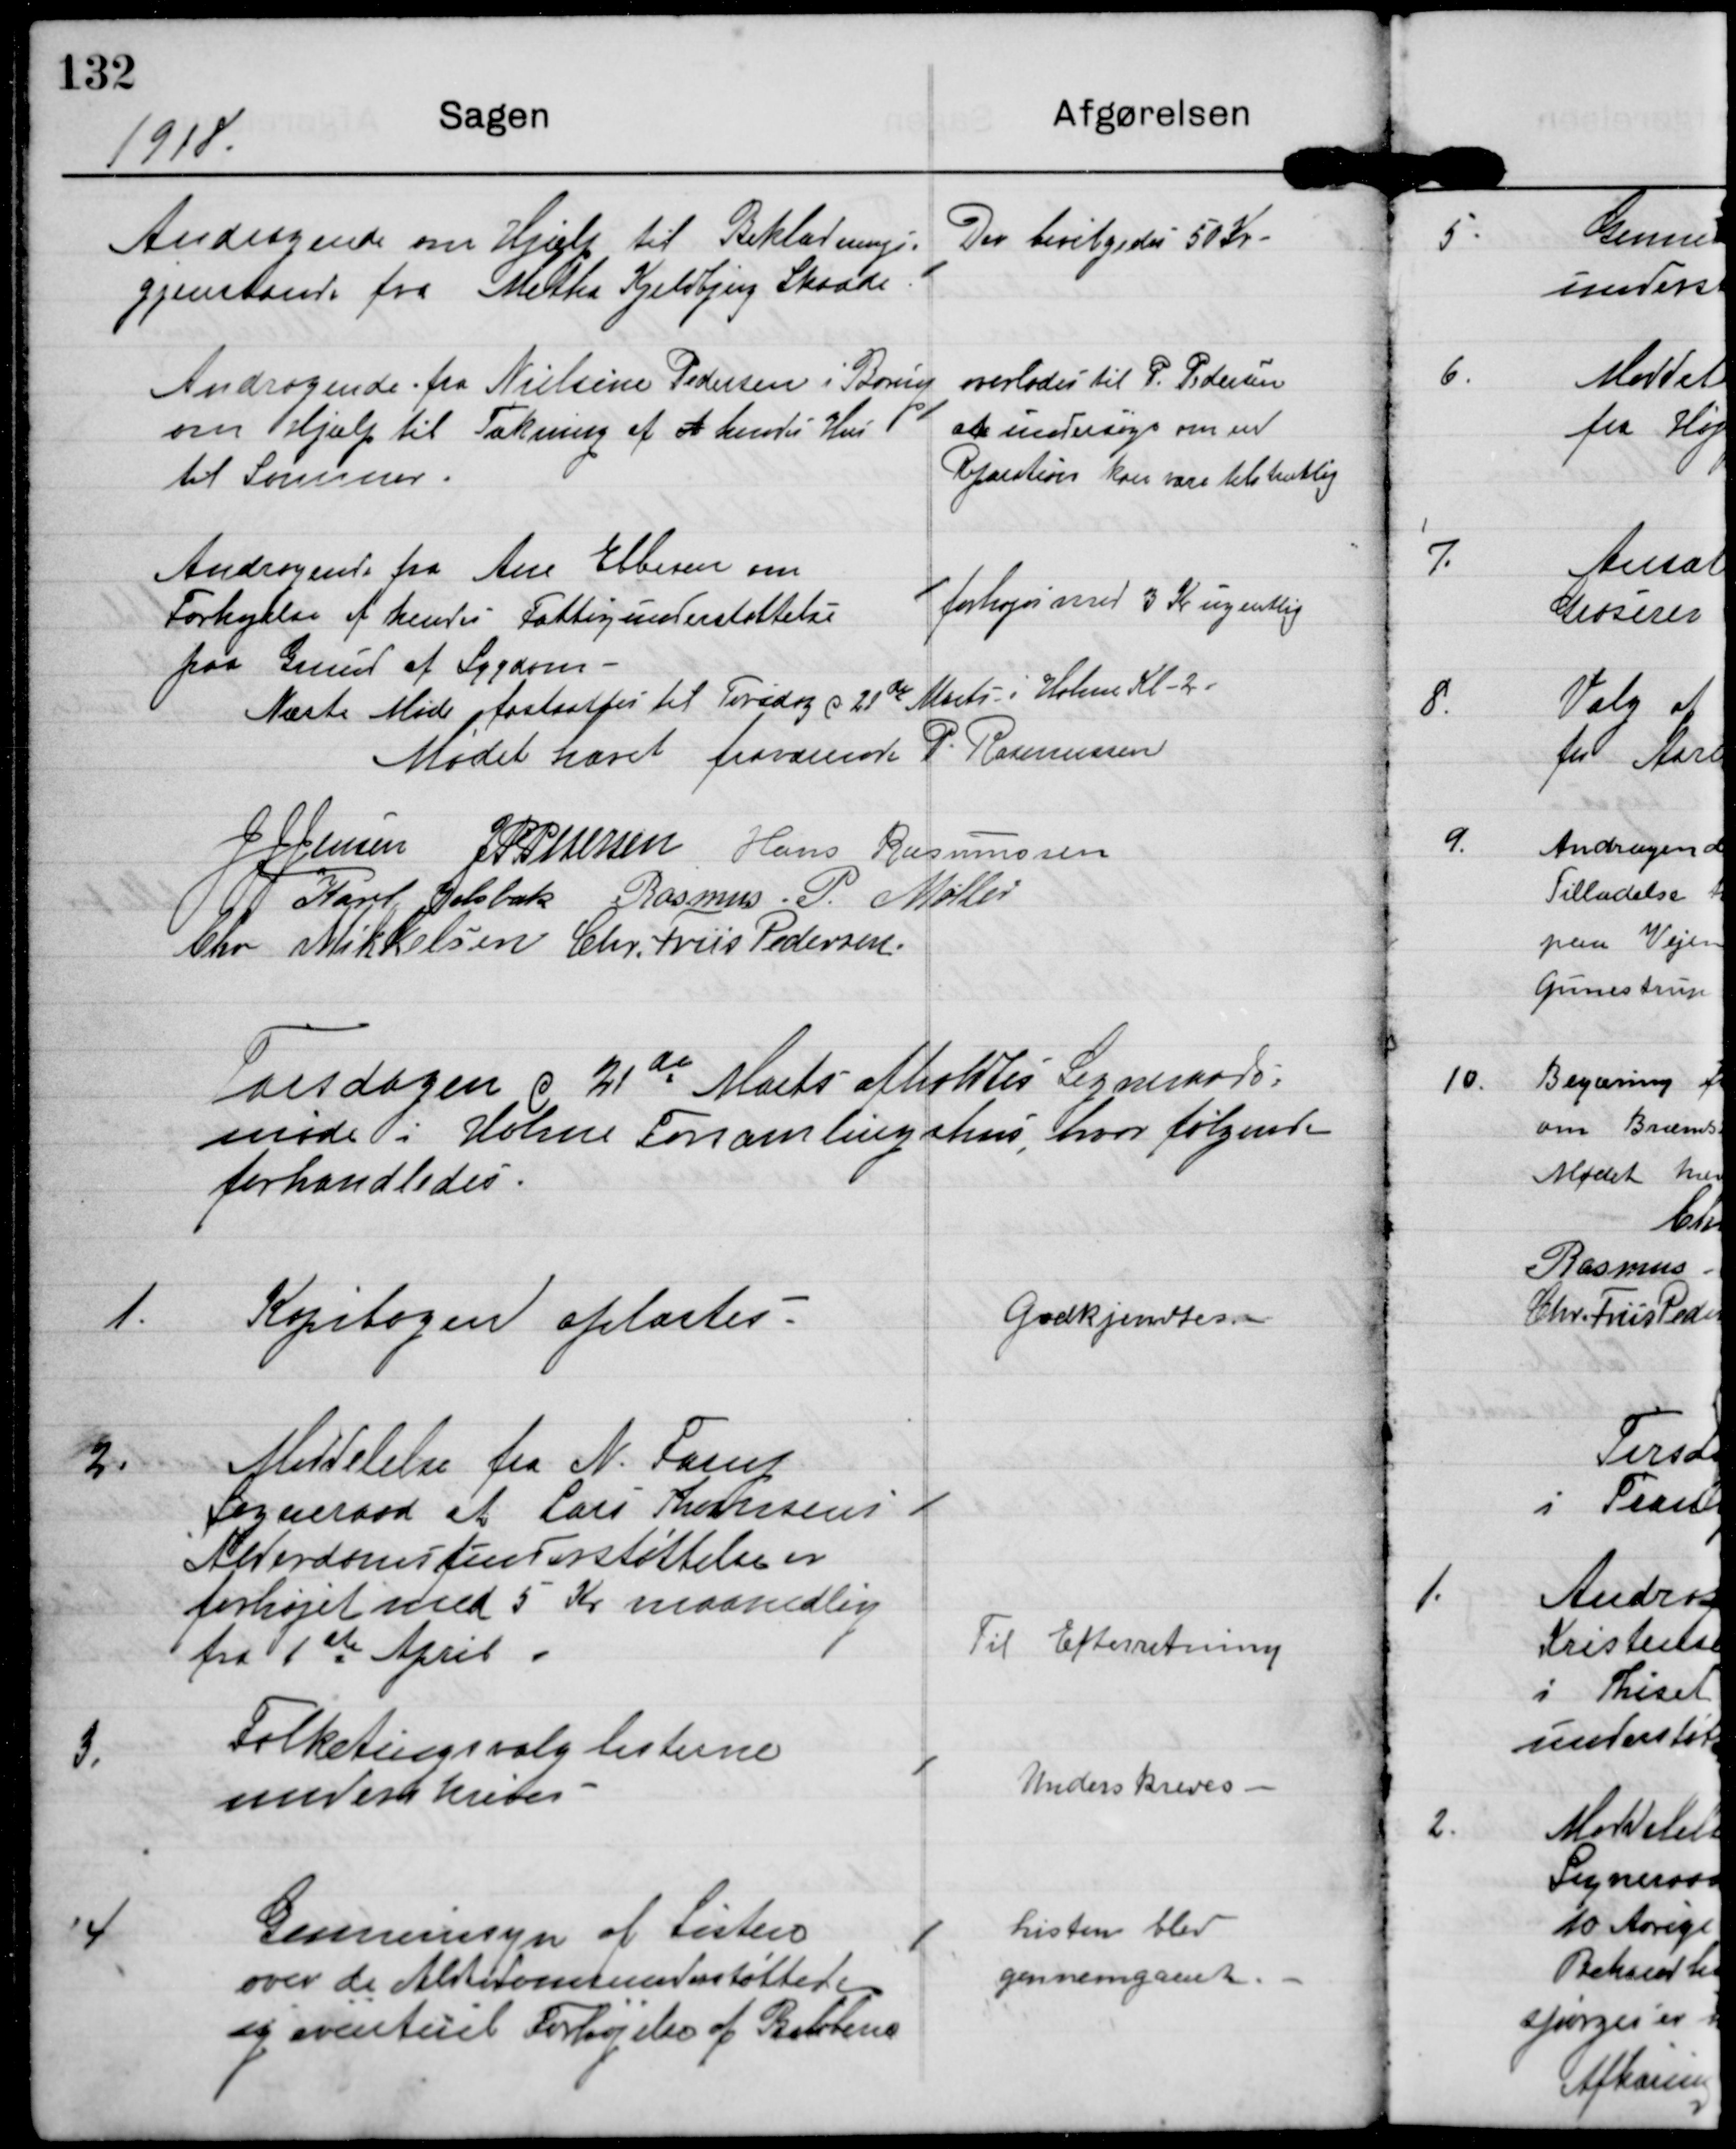
Transskription:
1918

Andragende om Hjælp til Beklædnings
gjenstand fra Metha Kjeldbjerg Skaade

Der bevilgedes 50 Kr.

Andragende fra Nielsine Pedersen i Børup
om Hjælp til Tækning af et hendes Hus
til Sommer.

overlades til P. Pedersen
at undersøge om evt
Reparation kan være tilstrækkelig.

Andragende fra Ane Ebbesen om
Forhøjelse af hendes Fattigunderstøttelse
paa Grund af Sygdom

forhøjes med 3 Kr. ugentlig

Næste Møde fastsattes til Torsdag d 21de

Mødet hævet fraværende P. Rasmussen

J J Jensen

J P Pedersen

Hans Rasmussen

Karl Jelsbak

Rasmus P. Møller

Chr. Mikkelsen

Chr. Friis Pedersen

Torsdagen d 21de Marts afholdtes Sogneraads-
møde i Holme Forsamlingshus, hvor følgende
forhandledes.

1.

Kopibogen oplæstes

Godkjendtes

2.

Meddelelse fra N. Farup
Sogneraad at Lars Thomsens
Aldersomsunderstøttelse er
forhøjet med 5 Kr maanedlig
fra 1st April.

Til Efterretning

3.

Folketingsvalglisterne
underskrives

Underskrives

4

Gennemsyn af Lister
over de Alderdomsunderstøttede
og eventuel Forhøjelse af Beløbene.

Listen blev
gennemgaaet